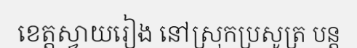
ខេត្តស្វាយរៀង នៅស្រុកប្រសូត្រ បន្ត